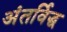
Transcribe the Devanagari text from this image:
अंतर्विद्ध